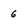
Character: 6